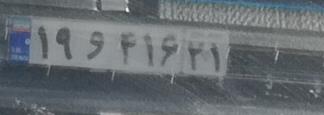
۱۹و۴۱۶۲۱